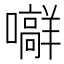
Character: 𪢟